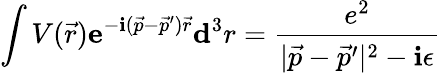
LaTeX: \int V({\vec{r}})\mathbf{e}^{-\mathbf{i}({\vec{p}}-{\vec{p}}^{\prime}){\vec{r}}}\mathbf{d}^{3}r={\frac{e^{2}}{|{\vec{p}}-{\vec{p}}^{\prime}|^{2}-\mathbf{i}\epsilon}}